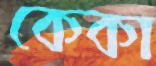
কেকা